NAE_ERA_R-2362_Emakeele_Selts, lk 15
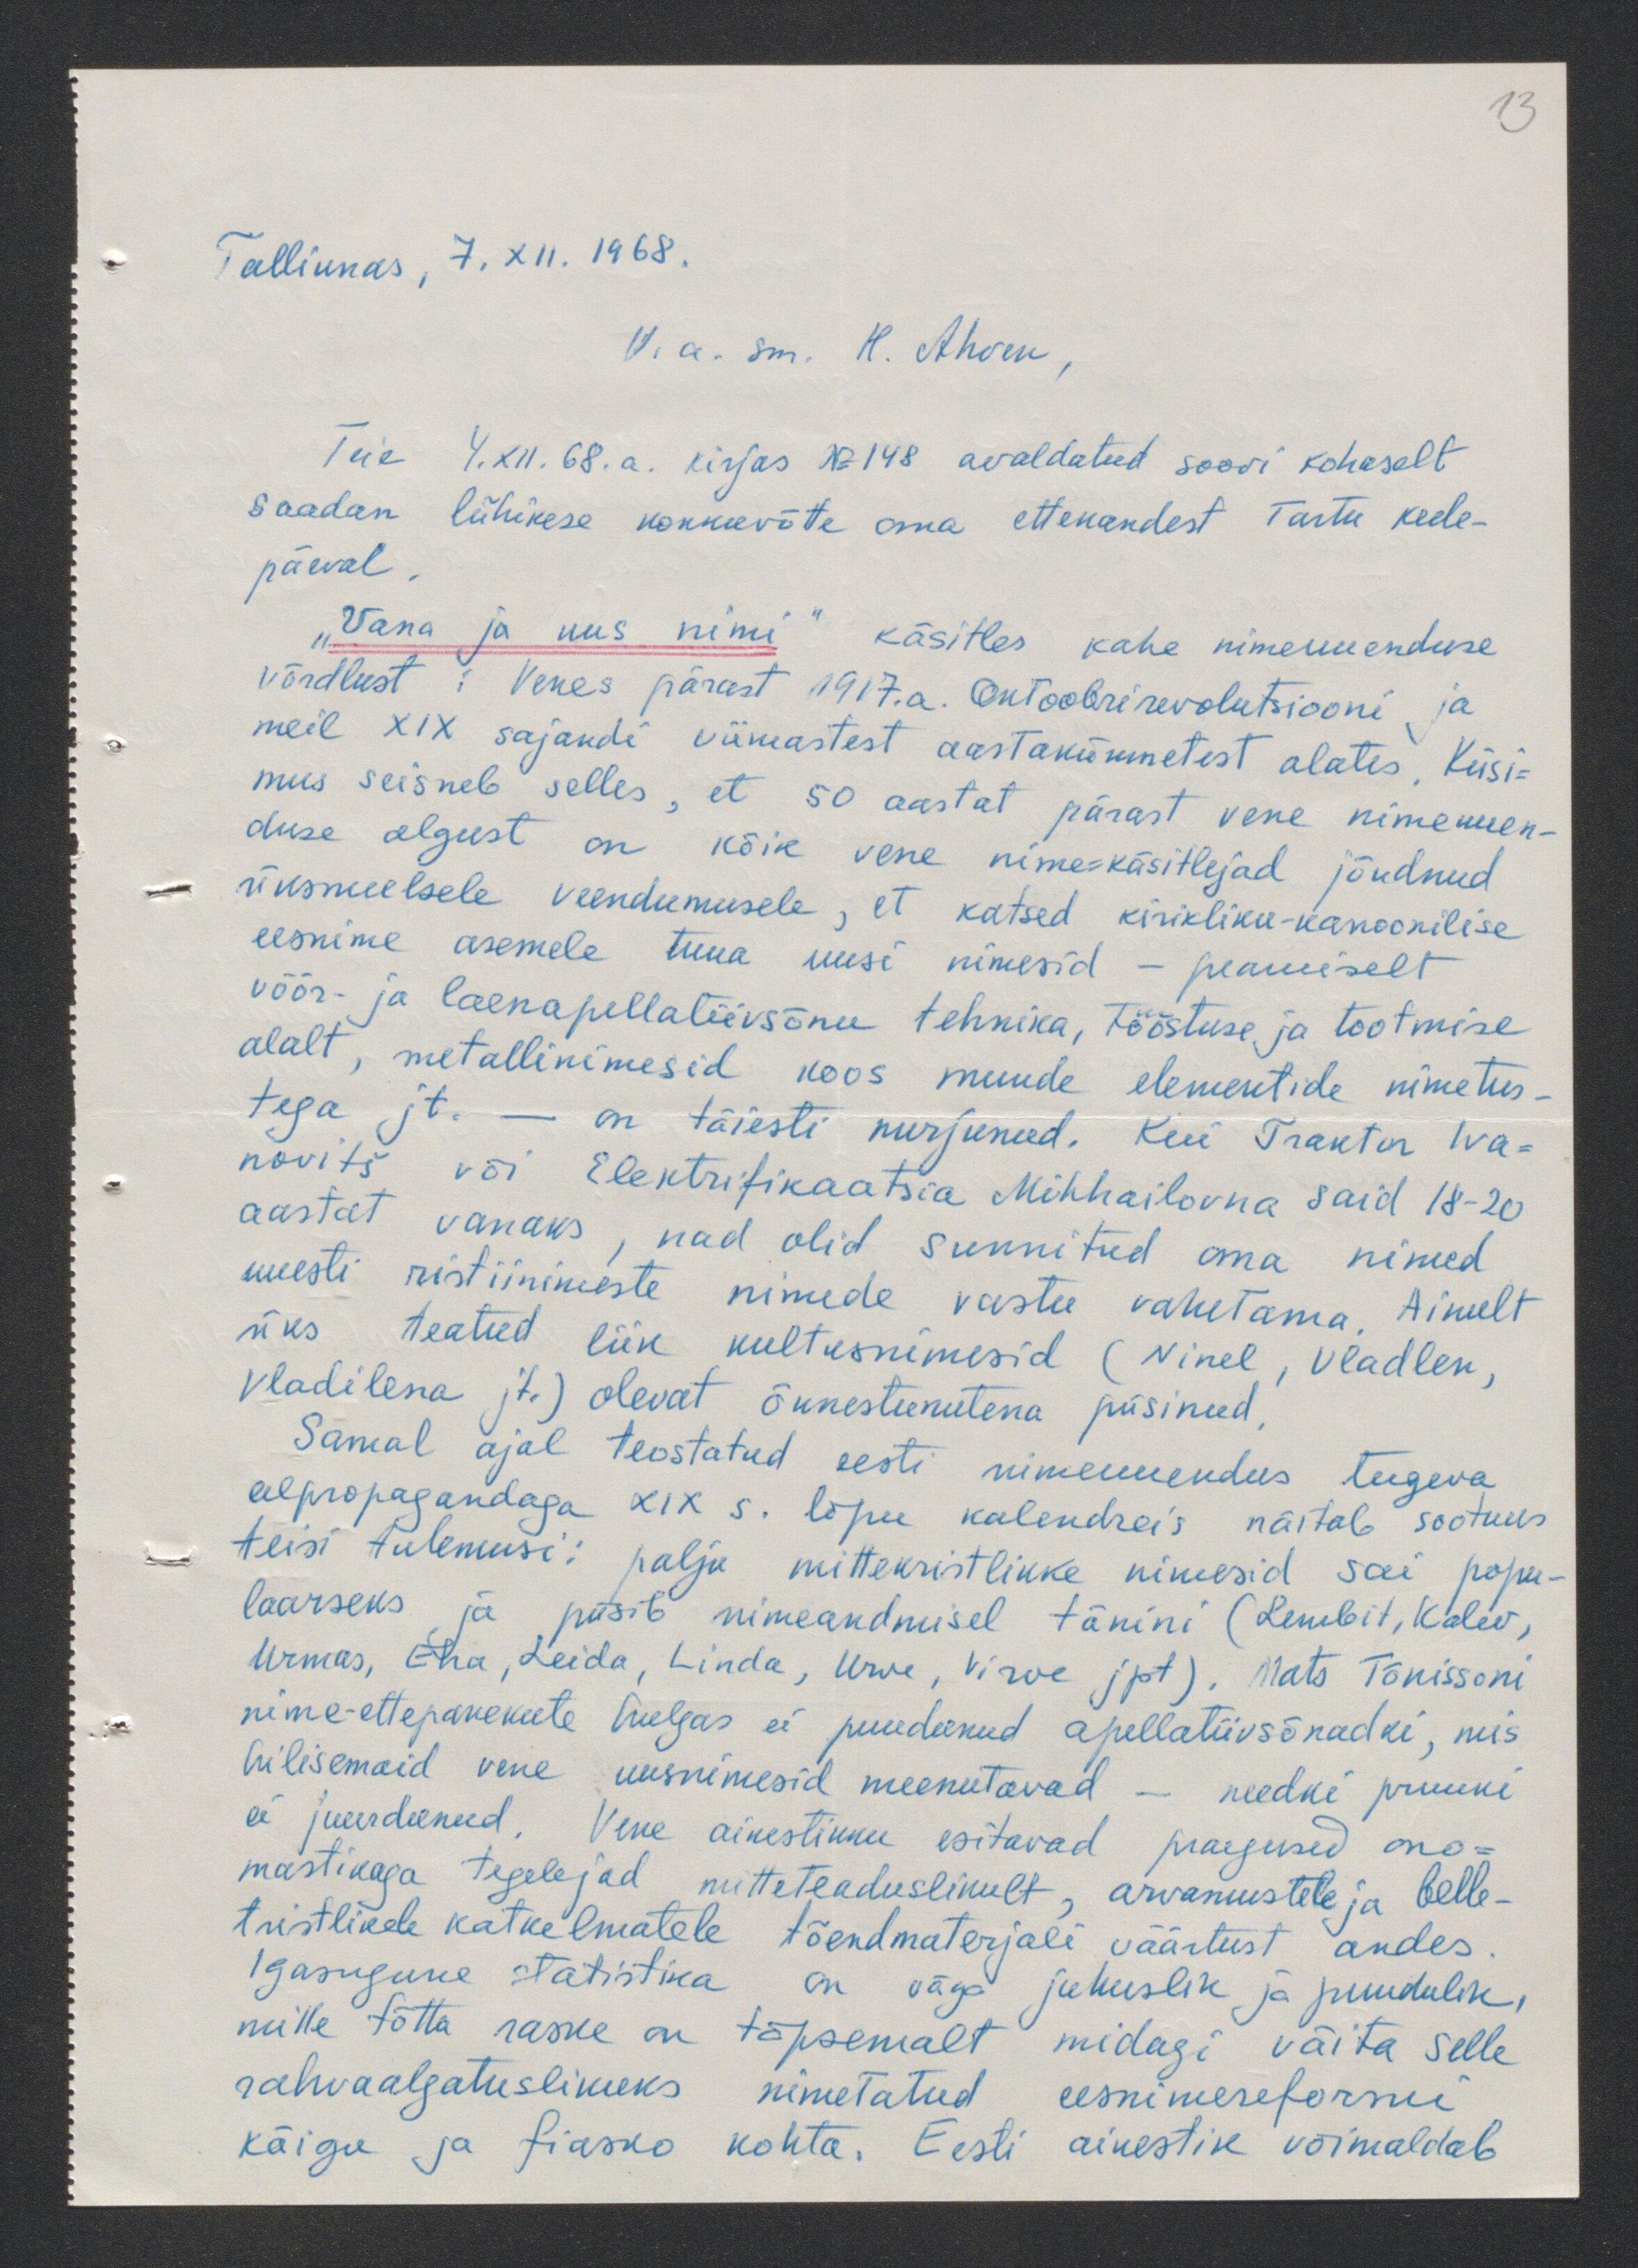
13

Tallinnas, 7.XII. 1968.
V. a. sm. H. Ahven,
Teie 4.XII.68.a. kirjas No 148 avaldatud soovi kohaselt
saadan lühikese kokkuvõtte oma ettekandest Tartu keele-
päeval.
"Vana ja uus nimi" käsitles kahe nimeuuenduse
võrdlust: Venes pärast 1917.a. Oktoobrirevolutsiooni ja
meil XIX sajandi viimastest aastakümmetest alates Küsi-
mus seisneb selles, et 50 aastat pärast vene nimeuuen-
duse algust on kõik vene nime=käsitlejad jõudnud
üksmeelsele veendumusele, et katsed kirikliku-kanoonilise
eesnime asemele tuua uusi nimesid - peamiselt
võõr- ja laenapellatiivsõnu tehnika, tööstuse ja tootmise
alalt, metallinimesid koos muude elementide nimetus-
tega jt. - on täiesti nurjunud. Kui Traktor Iva-
novitš või Elektrifikaatsia Mihhailovna said 18-20
aastat vanaks, nad olid sunnitud oma nimed
uuesti ristiinimeste nimede vastu vahetama. Ainult
üks teatud liik kultusnimesid (Ninel, Vladlen,
Vladilena jt.) olevat õnnestunutena püsinud,
Samal ajal teostatud eesti nimeuuendus tugeva
algpropagandaga XIX s. lõpu kalendreis näitab sootuks
teisi tulemusi: palju mittekristlikke nimesid sai popu-
laarseks ja püsib nimeandmisel tänini (Lembit, Kalev,
Urmas, Eha, Leida, Linda, Urve, Virve jpt), Mats Tõnissoni
nime-ettepanekute hulgas ei puudunud appellatiivsõnadki, mis
hilisemaid vene uusnimesid meenutavad - needki pruuki
ei juurdunud. Vene ainestikku esitavad praegused ono-
mästikaga tegelejad mitteaduslikult, arvamustele ja belle-
tristlikele katkelmatele tõendmaterjali väärtust andes
Igasugune statistika on väga juhuslik ja puudulik,
mille tõtta raske on täpsemalt midagi väita selle
rahvaalgatuslikuks nimetatud eesnimereformi
käigu ja fiasko kohta. Eesti ainestik võimaldab